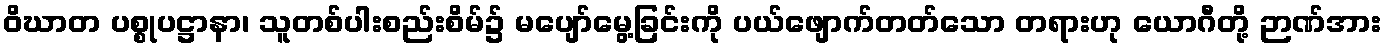
ဝိဃာတ ပစ္စုပဋ္ဌာနာ၊ သူတစ်ပါးစည်းစိမ်၌ မပျော်မွေ့ခြင်းကို ပယ်ဖျောက်တတ်သော တရားဟု ယောဂီတို့ ဉာဏ်အား